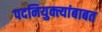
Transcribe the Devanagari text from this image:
पदनियुक्त्यांबाबत